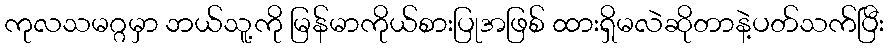
ကုလသမဂ္ဂမှာ ဘယ်သူ့ကို မြန်မာကိုယ်စားပြုအဖြစ် ထားရှိမလဲဆိုတာနဲ့ပတ်သက်ပြီး